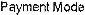
PAYMENT MODE